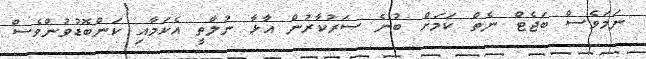
ނަމަވެސް ބަޖެޓް ނެތް ކަމަށް ބުނެ ސަރުކާރުން އާޅާ ނުލާތީ އެކަމާއި ކަންބޮޑުވުންވެސް